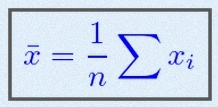
\bar{x}=\frac1n\sum x_i